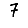
Digit: 7